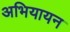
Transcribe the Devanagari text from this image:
अभियायन